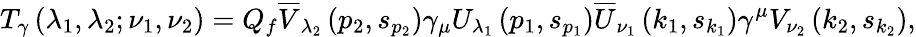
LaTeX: T_{\gamma}\left(\lambda_{1},\lambda_{2};\nu_{1},\nu_{2}\right)=Q_{f}\overline{{{V}}}_{\lambda_{2}}\left(p_{2},s_{p_{2}}\right)\gamma_{\mu}U_{\lambda_{1}}\left(p_{1},s_{p_{1}}\right)\overline{{{U}}}_{\nu_{1}}\left(k_{1},s_{k_{1}}\right)\gamma^{\mu}V_{\nu_{2}}\left(k_{2},s_{k_{2}}\right),